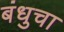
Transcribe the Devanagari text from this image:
बंधुचा